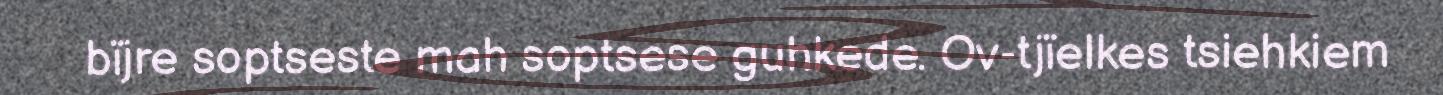
bïjre soptseste mah soptsese guhkede. Ov-tjïelkes tsiehkiem